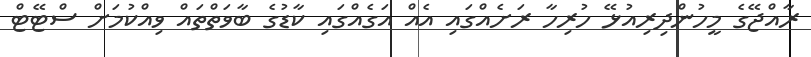
ރާއްޖޭގެ މީހުންދިރިއުޅޭ ހުރިހާ ރަށެއްގައި އެއް އަގެއްގައި ކާޑުގެ ބާވަތްތައް ވިއްކުމަށް ސްޓޭޓް